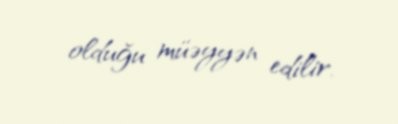
olduğu müəyyən edilir.